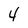
Character: 4